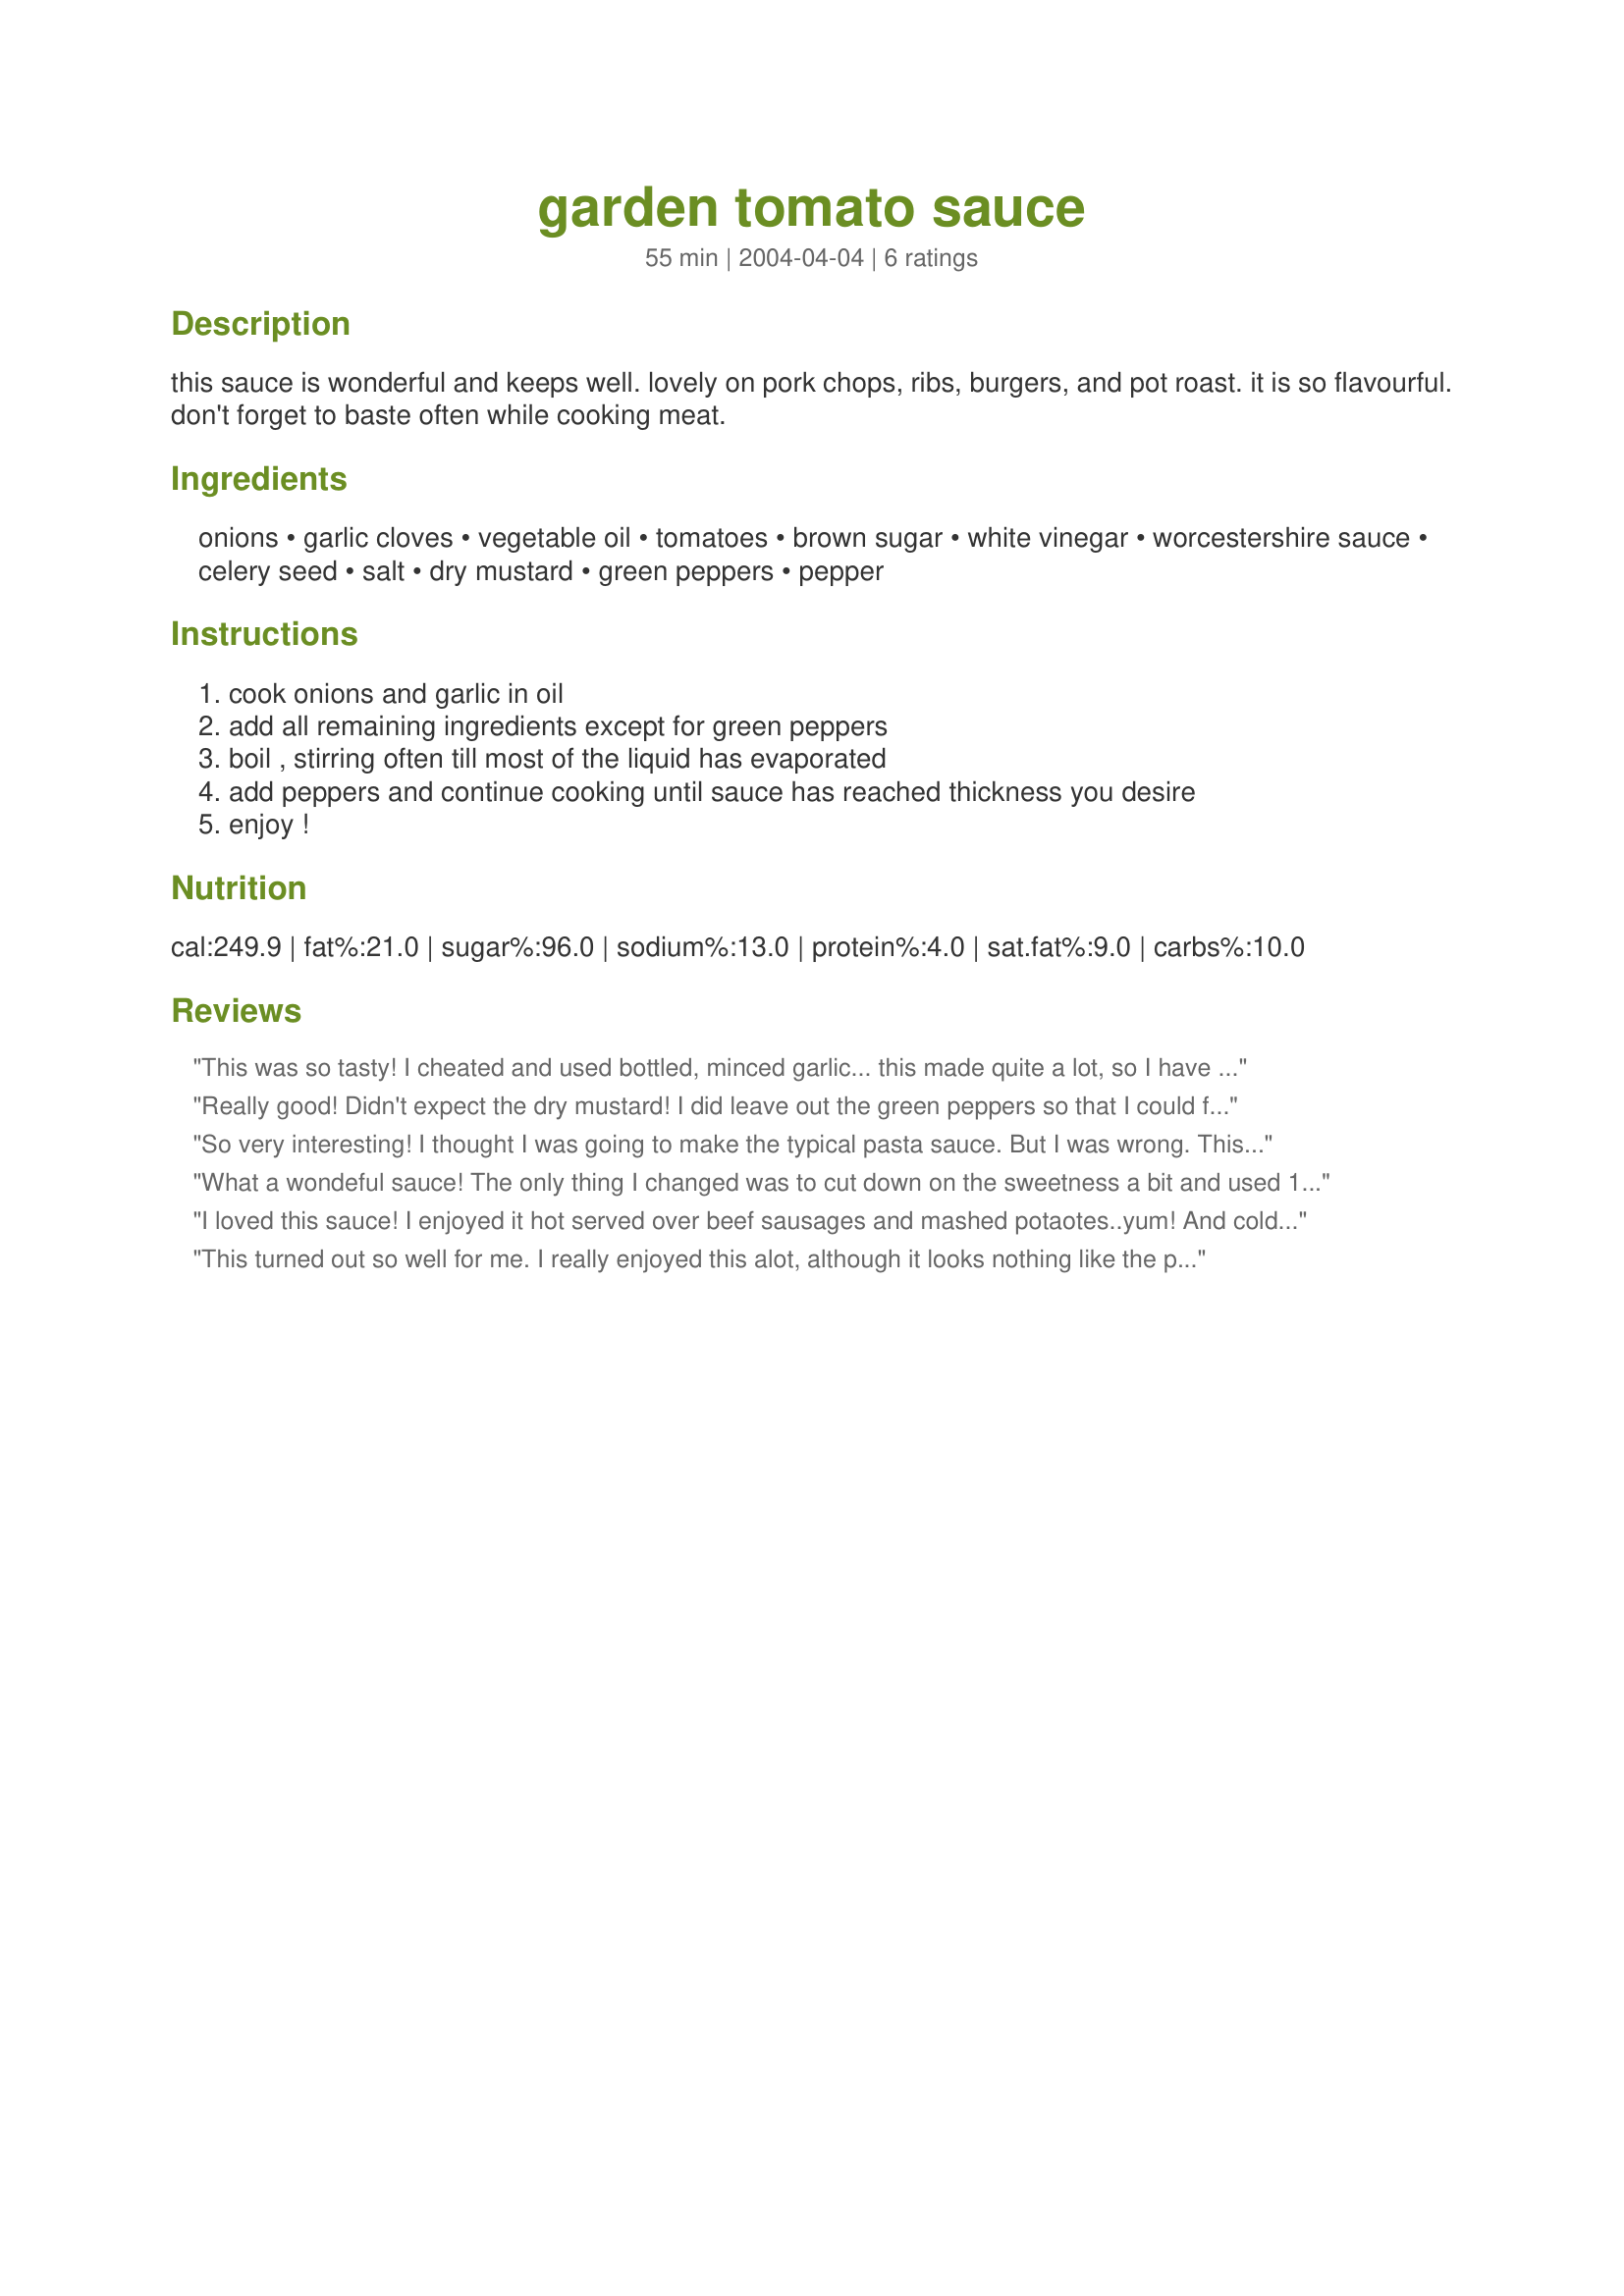
garden tomato sauce
Preparation time: 55 minutes

this sauce is wonderful and keeps well. lovely on pork chops, ribs, burgers, and pot roast. it is so flavourful. don't forget to baste often while cooking meat.

Ingredients:
onions, garlic cloves, vegetable oil, tomatoes, brown sugar, white vinegar, worcestershire sauce, celery seed, salt, dry mustard, green peppers, pepper

Steps:
cook onions and garlic in oil, add all remaining ingredients except for green peppers, boil , stirring often till most of the liquid has evaporated, add peppers and continue cooking until sauce has reached thickness you desire, enjoy !

Reviews:
This was so tasty! I cheated and used bottled, minced garlic... this made quite a lot, so I have frozen some to use later. We loved it served over angel hair pasta with fresh Parmesan Reggiano!
Really good! Didn't expect the dry mustard! I did leave out the green peppers so that I could freeze some though. Had it with tortiologne (sp?) pasta and Recipe #393320 - I spooned it over a piece of cheese bread too! Heavenly...
So very interesting! I thought I was going to make the typical pasta sauce. But I was wrong. This is an alive sauce crisp and to the bite & sweet! I did use garden tomatoes, olive oil, and an orange pepper. Thanks for a great change.
What a wondeful sauce! The only thing I changed was to cut down on the sweetness a bit and used 1/4 cup brown sugar instead of the stated 1/3 cup. The vinegar gives the sauce a little "zing" which is very nice anong the other flavours. After simmering for 30 minutes I added the chopped green peppers and let it simmer for another 20 minutes. The peppers had then a little bit of crunch left and the sauce was the thickness I like. Have enjoyed it with mashed potatoes, with pasta, over rice. Made it today for the second time and froze it, want to have it on hand. Thanks for posting. Made for Camera-Less Chef(June '08).
I loved this sauce! I enjoyed it hot served over beef sausages and mashed potaotes..yum! And cold with roast beef in a sandwich.
Mine was rather chunky...similar to a relish consistancy.
I reduced the green capsicum to 1 and added a bit of sea salt to cut down the sweetness slighly. 
Thanks for sharing.
This turned out so well for me. I really enjoyed this alot, although it looks nothing like the picture Rita L posted. Doesn't matter, it still turned out great.
